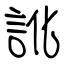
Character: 訛